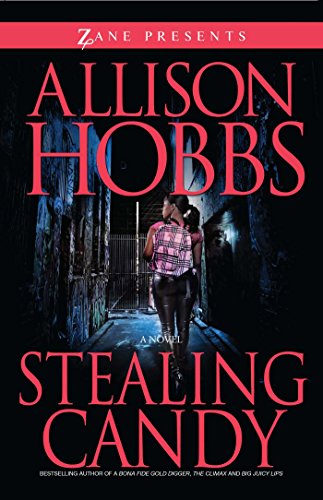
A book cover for Stealing Candy (Zane Presents); Allison Hobbs; Romance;